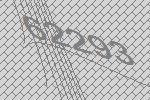
62293